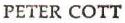
PETER COTT